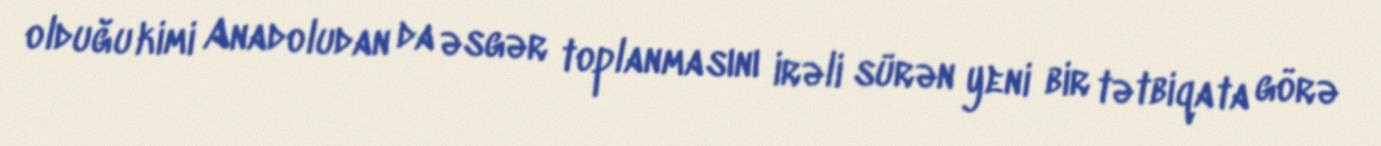
olduğu kimi Anadoludan da əsgər toplanmasını irəli sürən yeni bir tətbiqata görə